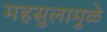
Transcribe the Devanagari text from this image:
महसुलामुळे